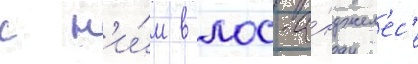
с н'и́м в лос-а́нджел'ес'е